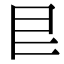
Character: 㿝